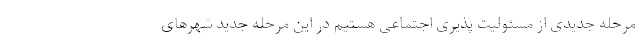
مرحله جدیدی از مسئولیت پذیری اجتماعی هستیم در این مرحله جدید شهرهای